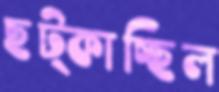
ছট্‌কাচ্ছিল